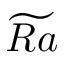
\widetilde { R a }